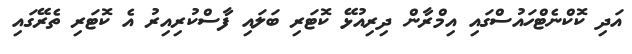
އަދި ކޮކްނެޓްހައުސްގައި އިމްރާން ދިރިއުޅޭ ކޮޓަރި ބަލައި ފާސްކުރިއިރު އެ ކޮޓަރި ތެރޭގައި